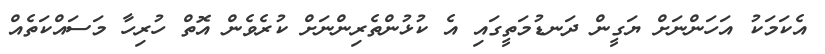
އެކަމަކު އަހަންނަށް ޔަގީން ދަނޑުމަތީގައި އެ ކުޅުންތެރިންނަށް ކުރެވެން އޮތް ހުރިހާ މަސައްކަތެއް